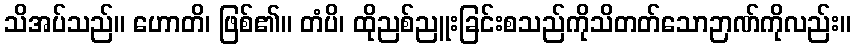
သိအပ်သည်။ ဟောတိ၊ ဖြစ်၏။ တံပိ၊ ထိုညစ်ညူးခြင်းစသည်ကိုသိတတ်သောဉာဏ်ကိုလည်း။